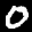
Label: 0